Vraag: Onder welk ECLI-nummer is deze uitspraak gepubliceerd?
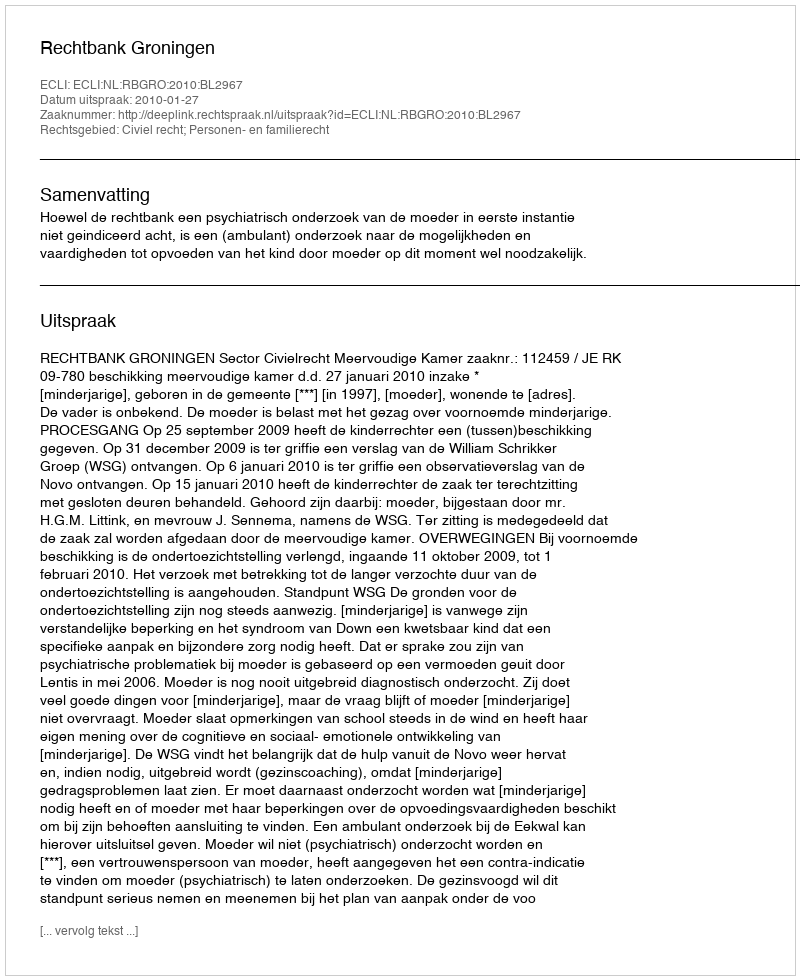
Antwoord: ECLI:NL:RBGRO:2010:BL2967